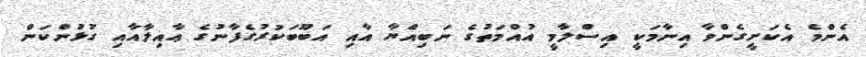
އެންމެ އެކަށީގެންވާ އިނާމަކީ އިސްލާމީ އުއްމަތުގެ ނަބިއްޔާ އާއި އަބޫބަކުރުގެފާނުގެ ޢާއިލާއާއި ގުޅުންކަން